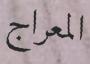
المعراج